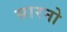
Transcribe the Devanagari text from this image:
सारनो